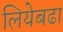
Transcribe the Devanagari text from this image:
लियेबढा